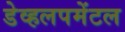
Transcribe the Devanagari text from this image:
डेव्हलपमेंटल